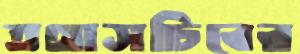
তথাসচিবের